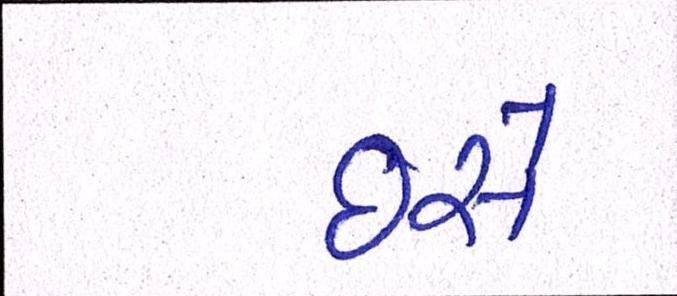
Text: ઇસે